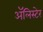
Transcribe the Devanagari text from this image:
अॅलिस्टेर